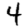
Digit: 4